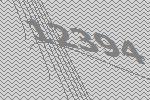
12394